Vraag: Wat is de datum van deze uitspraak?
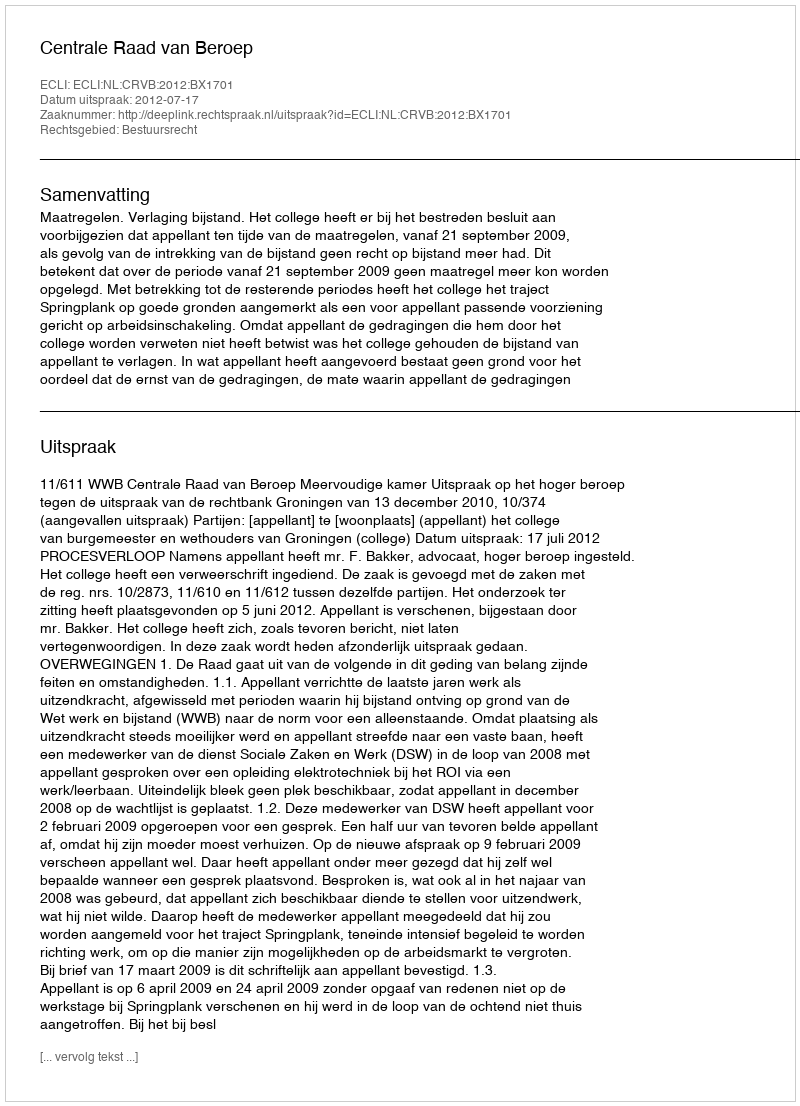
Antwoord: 2012-07-17